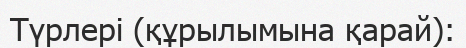
Түрлері (құрылымына қарай):